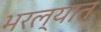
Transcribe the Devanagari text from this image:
भरल्यात